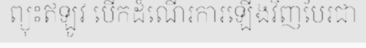
ព្យុះឥឡូវ បើកដំណើរការឡើងវិញបែរជា